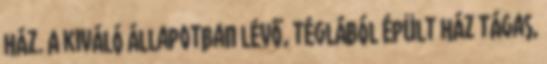
ház. A kiváló állapotban lévő, téglából épült ház tágas,